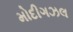
મોદીગઝલ